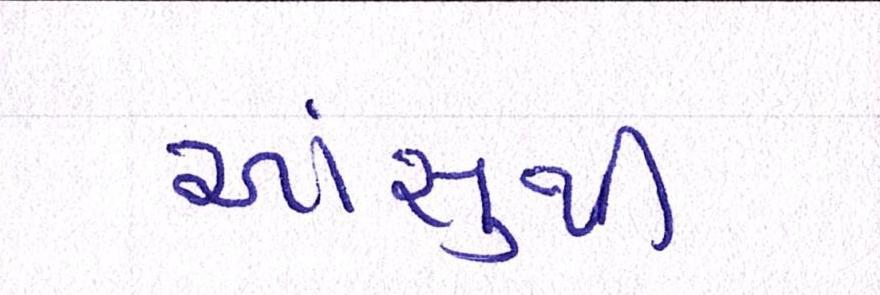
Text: આંસુથી